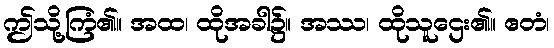
ဤသို့ကြံ၏။ အထ၊ ထိုအခါ၌။ အဿ၊ ထိုသူဌေး၏။ ဧတံ၊